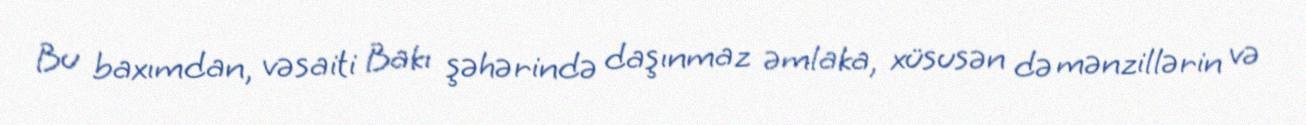
Bu baxımdan, vəsaiti Bakı şəhərində daşınmaz əmlaka, xüsusən də mənzillərin və